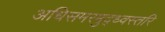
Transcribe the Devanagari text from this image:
अधिसमरमुद्ध्वस्तरि